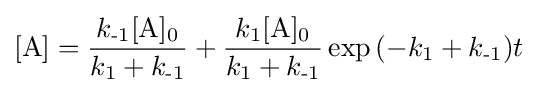
[\mathrm {A} ]={\frac {k_{\text{-1}}[\mathrm {A} ]_{\text{0}}}{k_{\text{1}}+k_{\text{-1}}}}+{\frac {k_{\text{1}}[\mathrm {A} ]_{\text{0}}}{k_{\text{1}}+k_{\text{-1}}}}\exp {{(-k_{\text{1}}+k_{\text{-1}}})t}